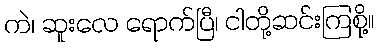
ကဲ၊ ဆူးလေ ရောက်ပြီ၊ ငါတို့ဆင်းကြစို့။